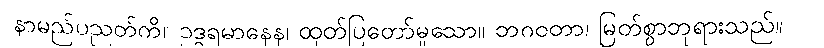
နာမည်ပညတ်ကို။ ဥဒ္ဓရမာနေန၊ ထုတ်ပြတော်မူသော။ ဘဂဝတာ၊ မြတ်စွာဘုရားသည်။